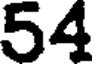
54